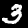
Label: 3